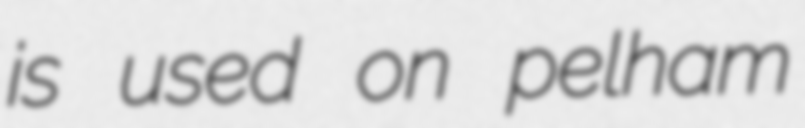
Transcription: is used on pelham